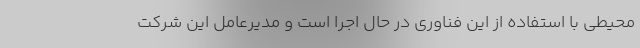
محیطی با استفاده از این فناوری در حال اجرا است و مدیرعامل این شرکت